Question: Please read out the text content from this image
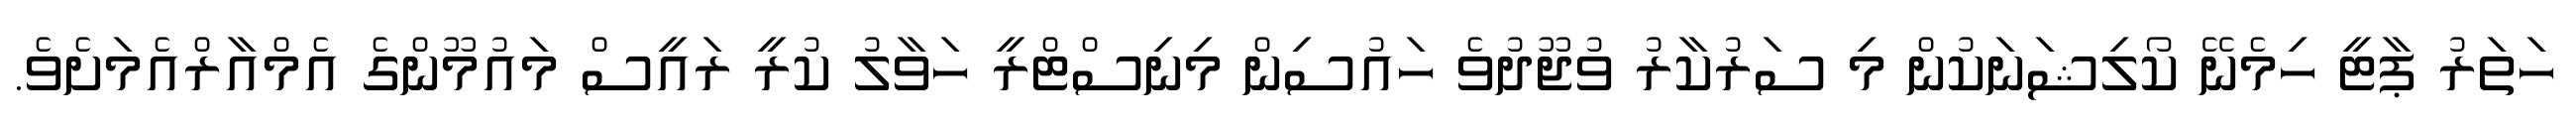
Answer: ހަތަރު ޕާޓީ ހިމެނޭ ކޯލިޝަނަކުން މި ސަރުކާރު ވުޖޫދުވެ ހައުސިން މިނިސްޓްރީ ހަވާލު ކުރީ ރައީސް މައުމޫންގެ އެމްއާރްއެމަށެވެ.